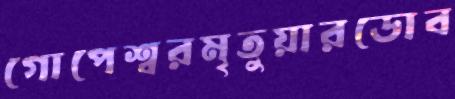
গোপেশ্বরমৃতুয়ারডোব